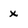
Character: x